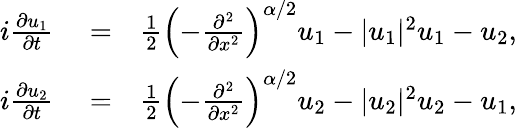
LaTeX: \begin{array}{rlr}{i\frac{\partial u_{1}}{\partial t}}&{{}=}&{\frac{1}{2}\left(-\frac{\partial^{2}}{\partial x^{2}}\right)^{\alpha/2}u_{1}-|u_{1}|^{2}u_{1}-u_{2},}\\ {i\frac{\partial u_{2}}{\partial t}}&{{}=}&{\frac{1}{2}\left(-\frac{\partial^{2}}{\partial x^{2}}\right)^{\alpha/2}u_{2}-|u_{2}|^{2}u_{2}-u_{1},}\end{array}